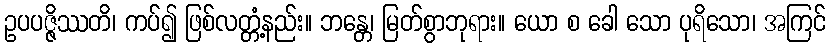
ဥပပဇ္ဇိဿတိ၊ ကပ်၍ ဖြစ်လတ္တံ့နည်း။ ဘန္တေ၊ မြတ်စွာဘုရား။ ယော စ ခေါ သော ပုရိသော၊ အကြင်